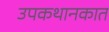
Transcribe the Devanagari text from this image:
उपकथानकात